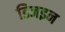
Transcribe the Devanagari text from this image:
डिजइन